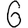
Digit: 6